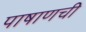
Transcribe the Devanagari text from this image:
पाषाणची